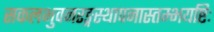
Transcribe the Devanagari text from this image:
सकलभुवनरङ्गस्थापनास्तम्भयष्टिः